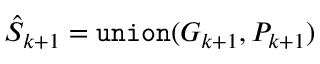
\hat { S } _ { k + 1 } = { \tt u n i o n } ( G _ { k + 1 } , P _ { k + 1 } )